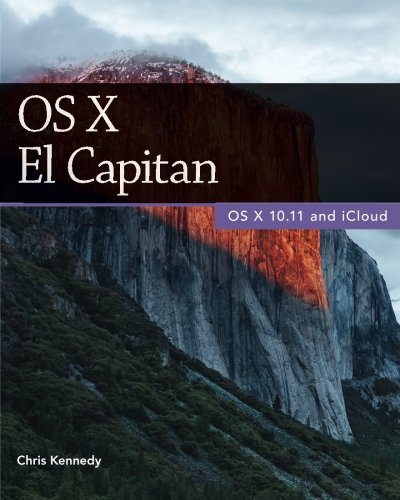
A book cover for OS X El Capitan; Chris Kennedy; Computers & Technology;